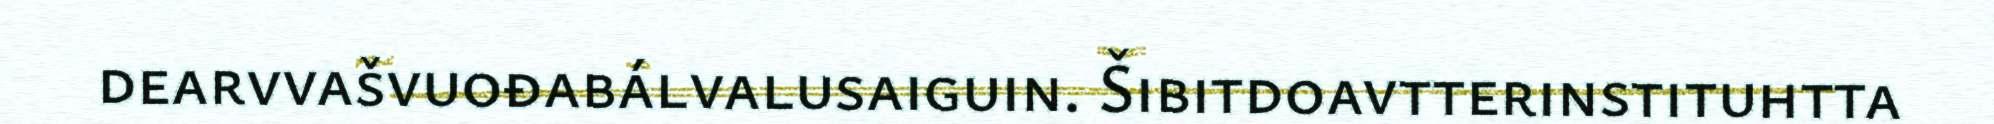
dearvvašvuođabálvalusaiguin. Šibitdoavtterinstituhtta